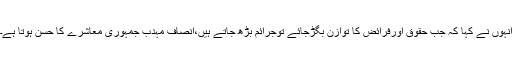
انہوں نے کہا کہ جب حقوق اورفرائض کا توازن بگڑجائے توجرائم بڑھ جاتے ہیں،انصاف مہدب جمہوری معاشرے کا حسن ہوتا ہے۔